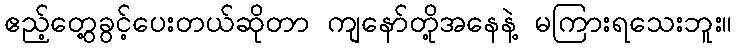
ဧည့်တွေ့ခွင့်ပေးတယ်ဆိုတာ ကျနော်တို့အနေနဲ့ မကြားရသေးဘူး။